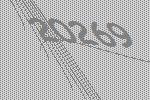
20269